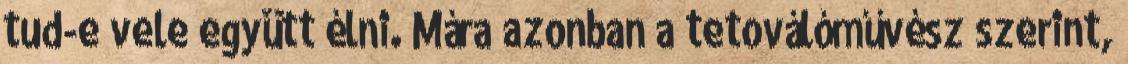
tud-e vele együtt élni. Mára azonban a tetoválóművész szerint,